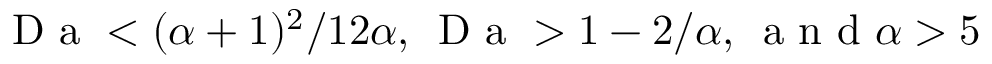
\mathrm { ~ D ~ a ~ } < ( \alpha + 1 ) ^ { 2 } / 1 2 \alpha , \, \mathrm { ~ D ~ a ~ } > 1 - 2 / \alpha , \, \mathrm { ~ a ~ n ~ d ~ } \alpha > 5